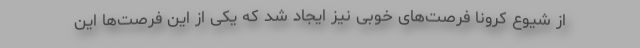
از شیوع کرونا فرصت‌های خوبی نیز ایجاد شد که یکی از این فرصت‌ها این